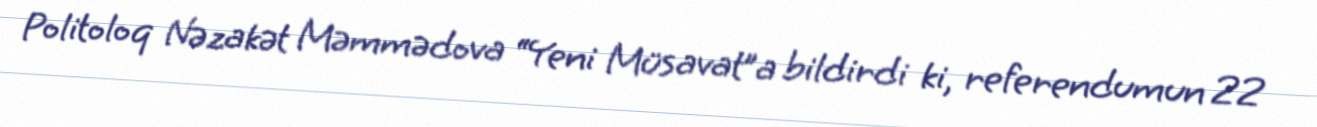
Politoloq Nəzakət Məmmədova “Yeni Müsavat”a bildirdi ki, referendumun 22